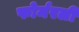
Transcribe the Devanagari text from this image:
फोर्मरली